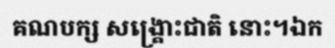
គណបក្ស សង្គ្រោះជាតិ នោះ។ឯក